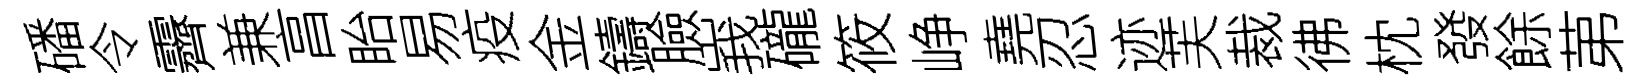
磻令霽兼亯眙易疫金鑄臉峩礲筱峥堯忍迹芙裁彿枕發餘苐